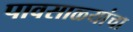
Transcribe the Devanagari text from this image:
पावसाळ्यांचा